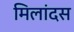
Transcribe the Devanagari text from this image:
मिलांदस